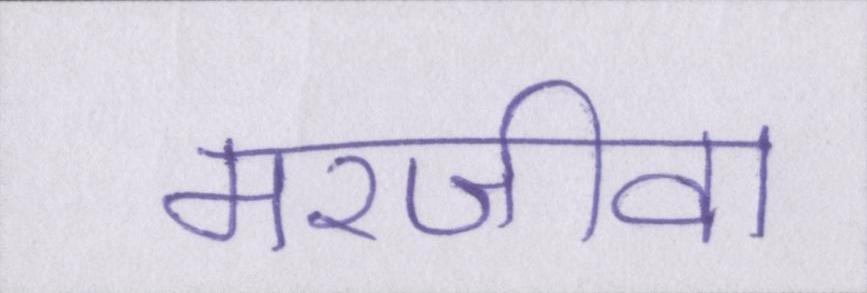
मरजीवा